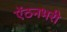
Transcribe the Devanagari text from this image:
ऐंठनभरी